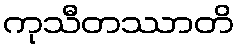
ကုသီတဿာတိ